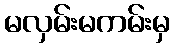
မလှမ်းမကမ်းမှ